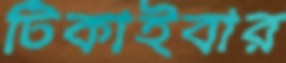
টিকাইবার